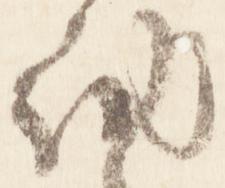
納